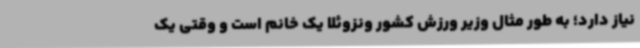
نیاز دارد؛ به طور مثال وزیر ورزش کشور ونزوئلا یک خانم است و وقتی یک